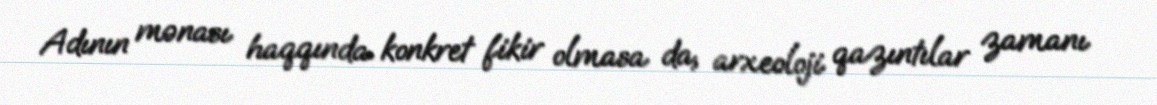
Adının mənası haqqında konkret fikir olmasa da, arxeoloji qazıntılar zamanı